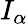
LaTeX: I_{\alpha}